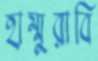
হাম্মুরাবি